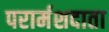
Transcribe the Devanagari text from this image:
परार्मशदाता